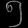
Digit: ၅